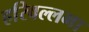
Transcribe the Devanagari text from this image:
हरिवल्लभा